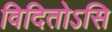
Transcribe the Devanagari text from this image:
विदितोऽसि